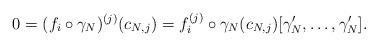
LaTeX: \begin{align*}0 = (f_i\circ\gamma_N)^{(j)}(c_{N,j}) = f_i^{(j)}\circ\gamma_N(c_{N,j})[\gamma_N',\ldots,\gamma_N'].\end{align*}